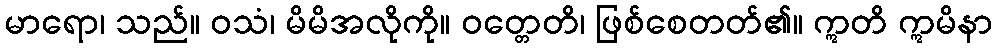
မာရော၊ သည်။ ဝသံ၊ မိမိအလိုကို။ ဝတ္တေတိ၊ ဖြစ်စေတတ်၏။ ဣတိ ဣမိနာ